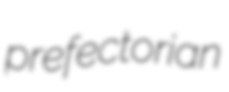
prefectorian